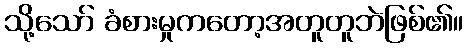
သို့သော် ခံစားမှုကတော့အတူတူဘဲဖြစ်၏။